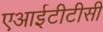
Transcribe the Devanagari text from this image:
एआईटीटीसी